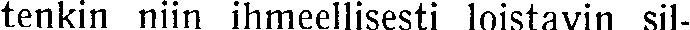
tenkin niin ihmeellisesti loistavin sil-